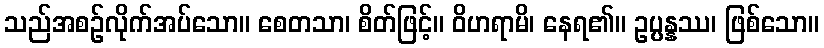
သည်အစဉ်လိုက်အပ်သော။ စေတသာ၊ စိတ်ဖြင့်။ ဝိဟရာမိ၊ နေရ၏။ ဥပ္ပန္နဿ၊ ဖြစ်သော။